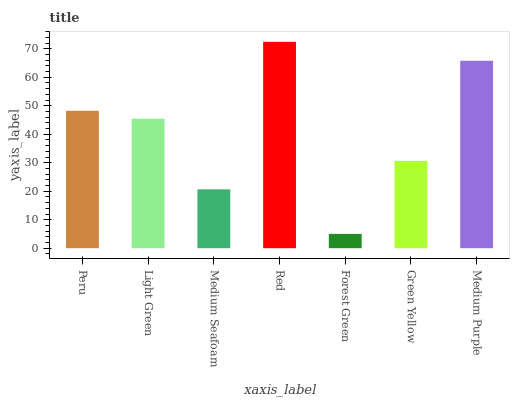
| xaxis_label | bars |
 | --- | --- |
 | Peru | 48.2 |
 | Light Green | 45.4 |
 | Medium Seafoam | 20.7 |
 | Red | 72.4 |
 | Forest Green | 5.02 |
 | Green Yellow | 30.7 |
 | Medium Purple | 65.8 |